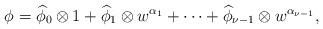
LaTeX: \begin{align*} \phi = \widehat{\phi}_0 \otimes 1 + \widehat{\phi}_1 \otimes w^{\alpha_1} + \dots + \widehat{\phi}_{\nu-1} \otimes w^{\alpha_{\nu-1}},\end{align*}